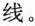
线。